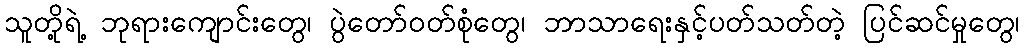
သူတို့ရဲ့ ဘုရားကျောင်းတွေ၊ ပွဲတော်ဝတ်စုံတွေ၊ ဘာသာရေးနှင့်ပတ်သတ်တဲ့ ပြင်ဆင်မှုတွေ၊